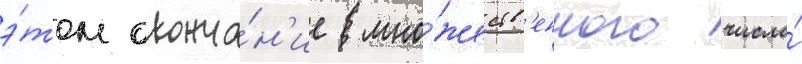
э́том оконча́н'ие мно́жеств'енного числа́